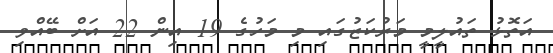
އަތޮޅު ތައުލީމީ މަރުކަޒުގައި މި މަހުގެ 19 އިން 22 އަށް ބޭއްވި